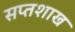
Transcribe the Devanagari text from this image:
सप्तशाख